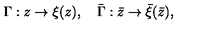
\Gamma : z \rightarrow \xi ( z ) , \quad \bar { \Gamma } : \bar { z } \rightarrow \bar { \xi } ( \bar { z } ) ,